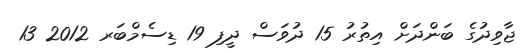
ޖާވިދުގެ ބަންދަށް އިތުރު 15 ދުވަސް ދީފި 19 ޑިސެމްބަރ 2012 13